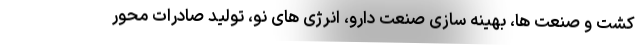
کشت و صنعت ها، بهینه سازی صنعت دارو، انرژی های نو، تولید صادرات محور